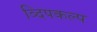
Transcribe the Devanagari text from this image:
व्दिपकल्प